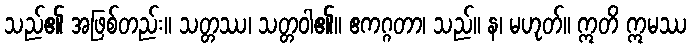
သည်၏ အဖြစ်တည်း။ သတ္တဿ၊ သတ္တဝါ၏။ ဧကဂ္ဂတာ၊ သည်။ န၊ မဟုတ်။ ဣတိ ဣမဿ